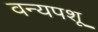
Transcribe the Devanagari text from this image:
वन्यपशू